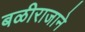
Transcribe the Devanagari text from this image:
बळीराजाने